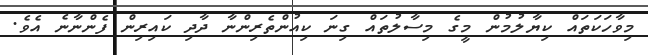
މިވާހަކަތައް ކިޔާލުމުން މީގެ މިސާލުތައް ގިނަ ކިއުންތެރިންނާ ދާދި ކައިރިން ފެންނާނެ އެވެ.